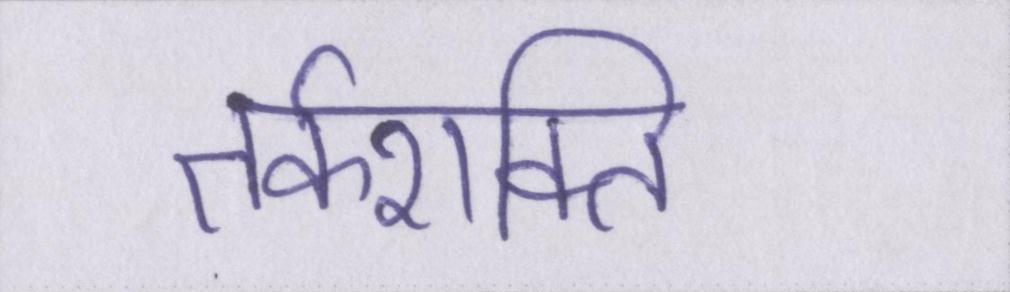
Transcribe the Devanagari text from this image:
तर्कशक्ति